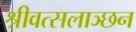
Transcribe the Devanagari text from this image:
श्रीवत्सलाञ्छन